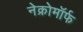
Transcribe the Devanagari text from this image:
नेक्रोमॉर्फ